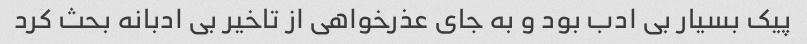
پیک بسیار بی ادب بود و به جای عذرخواهی از تاخیر بی ادبانه بحث کرد